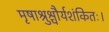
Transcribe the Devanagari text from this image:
मृषाश्रुश्चौर्यशंकितः।